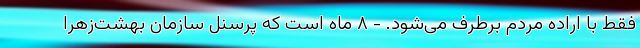
فقط با اراده مردم برطرف می‌شود. - ۸ ماه است که پرسنل سازمان بهشت‌زهرا